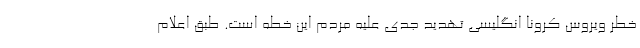
خطر ویروس کرونا انگلیسی تهدید جدی علیه مردم این خطه است. طبق اعلام